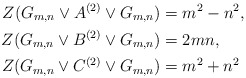
\begin{align*} Z(G_{m,n} \vee A^{(2)} \vee G_{m,n}) &= m^2-n^2,\\ Z(G_{m,n} \vee B^{(2)} \vee G_{m,n}) &= 2mn, \\ Z(G_{m,n} \vee C^{(2)} \vee G_{m,n}) &= m^2+n^2 \end{align*}